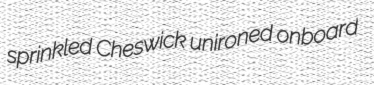
sprinkled Cheswick unironed onboard